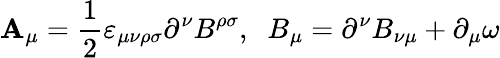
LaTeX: \mathbf{A}_{\mu}=\frac{{1}}{{2}}{\varepsilon}_{\mu\nu\rho\sigma}\partial^{\nu}B^{\rho\sigma},\; \; B_{\mu}=\partial^{\nu}B_{\nu\mu}+\partial_{\mu}\omega